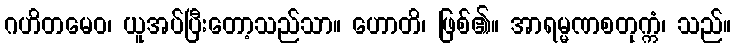
ဂဟိတမေဝ၊ ယူအပ်ပြီးတော့သည်သာ။ ဟောတိ၊ ဖြစ်၏။ အာရမ္မဏစတုက္ကံ၊ သည်။